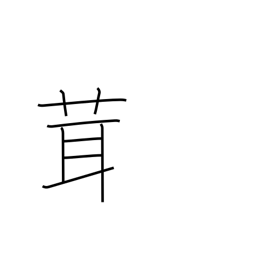
Meaning: mushroom